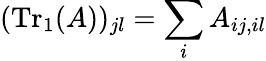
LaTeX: (\mathrm{Tr}_{1}(A))_{jl}=\sum_{i}A_{ij,il}